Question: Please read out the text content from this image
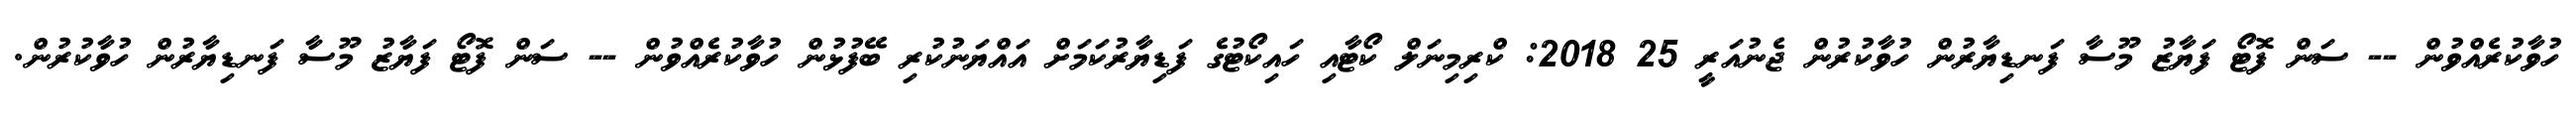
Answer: ހުވާކުރެއްވުން -- ސަން ފޮޓޯ ފަޔާޒު މޫސާ ފަނޑިޔާރުން ހުވާކުރުން ޖެނުއަރީ 25 2018: ކްރިމިނަލް ކޯޓާއި ހައިކޯޓުގެ ފަޑިޔާރުކަމަށް އައްޔަނުކުރި ބޭފުޅުން ހުވާކުރެއްވުން -- ސަން ފޮޓޯ ފަޔާޒު މޫސާ ފަނޑިޔާރުން ހުވާކުރުން.